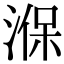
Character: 湺